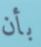
بأن